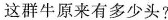
这群牛原来有多少头?